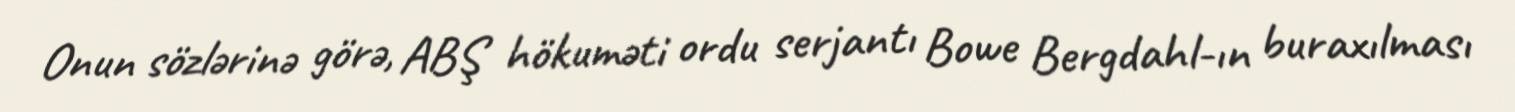
Onun sözlərinə görə, ABŞ hökuməti ordu serjantı Bowe Bergdahl-ın buraxılması